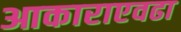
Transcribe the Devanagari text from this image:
आकाराएवढा